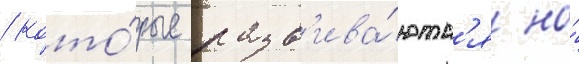
/ кото́рые разв'ива́ютс'я на́